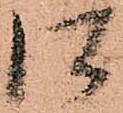
口